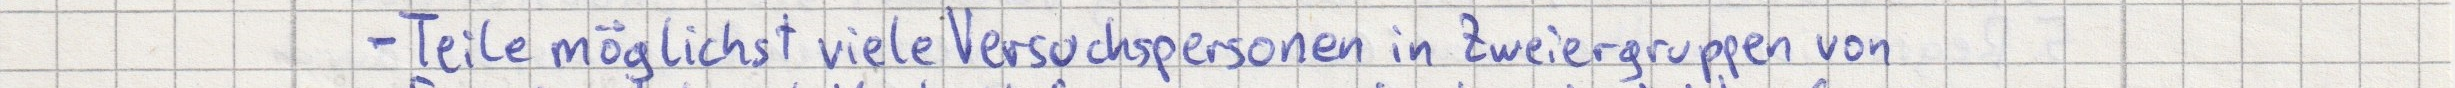
- Teile möglichst viele Versuchspersonen in Zweiergruppen von